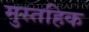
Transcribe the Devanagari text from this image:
मुस्तहिक